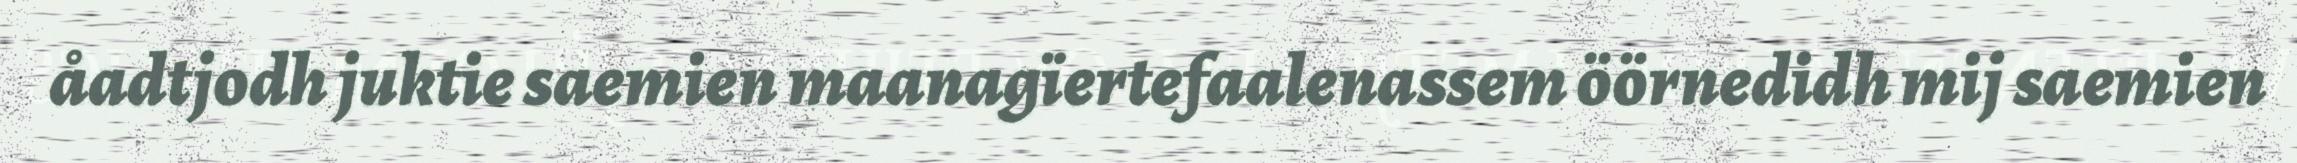
åadtjodh juktie saemien maanagïertefaalenassem öörnedidh mij saemien